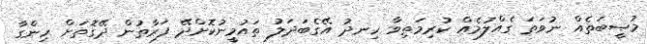
މުޞީބަތެއް ނުވަތަ ގެއްލުމެއް ކުރިމަތިވާ ހިނދު އޭގެބަދަލު ތައުމީނުކޮށްދޭ ފަރާތުން ދޭގޮތަށް ހިންގާ